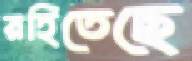
রহিতেছে